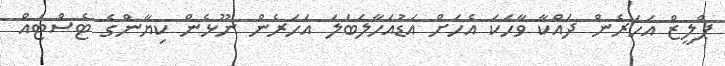
ޕްލީޒް އަހަރެން ދައްކާ ވާހަކަ އެހަށް އަޑުއަހާލަބަލަ އަހަރެން ނޫޅެން ކިޔާންގެ ޓެސްޓެއް